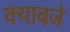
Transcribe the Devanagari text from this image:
क्याबजे